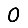
Digit: 0